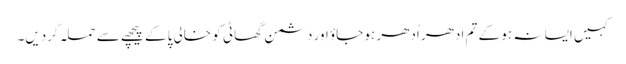
کہیں ایسا نہ ہو کے تم ادھر اُدھر ہو جاؤ اور دشمن گھاٹی کو خالی پا کے پیچھے سے حملہ کردیں۔